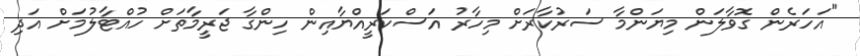
"އަހަރެން ގޮވާލަން މިޔަންމާ ސަރުކާރަށް މިހާރު އަސްކަރީއްޔާއިން ހިންގާ ޖަރީމާތަށް ހުއްޓާލުމަށް އަދި